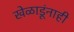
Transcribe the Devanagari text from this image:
खेळाडूंनाही